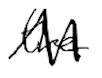
Text: the
Cross-out: zig-zag
Writing tool: digital_black